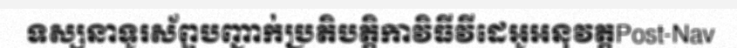
ទស្សនាទូរស័ព្ទបញ្ជាក់ប្រតិបត្តិកាវិធីវីដេអូអនុវត្តPost-Nav